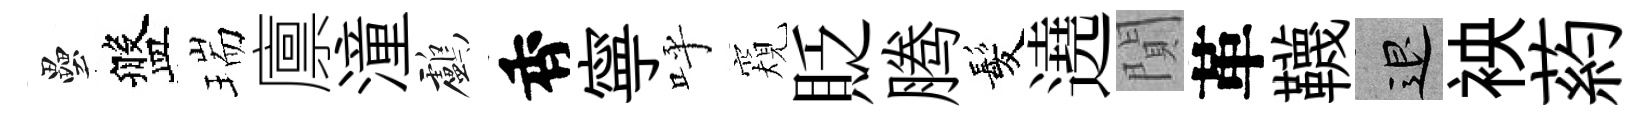
壘盤瑞廪潼鸕香寧呼窺貶腾髪遶閴革韈退䘧葯